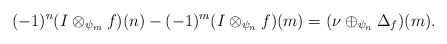
\begin{align*} (-1)^n(I\otimes_{\psi_m} f)(n)-(-1)^m(I\otimes_{\psi_n} f)(m)=(\nu\oplus_{\psi_n}\Delta_f)(m).\end{align*}